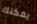
يمكنك